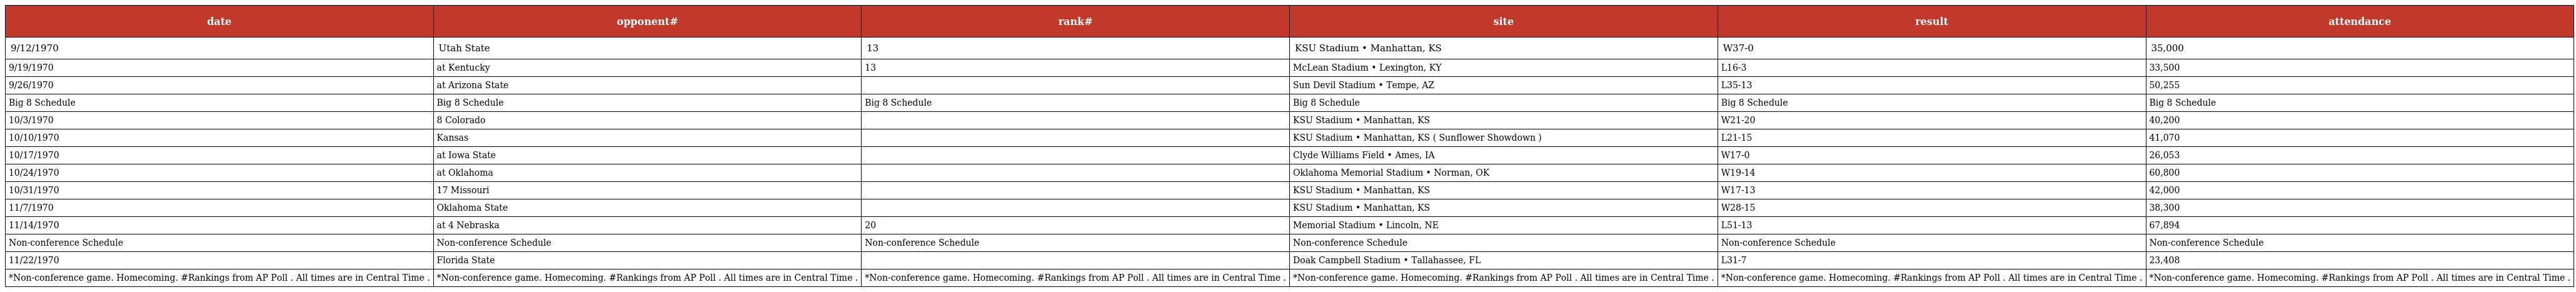
| date | opponent# | rank# | site | result | attendance |
 | --- | --- | --- | --- | --- | --- |
 | 9/12/1970 | Utah State | 13 | KSU Stadium • Manhattan, KS | W37-0 | 35,000 |
 | 9/19/1970 | at Kentucky | 13 | McLean Stadium • Lexington, KY | L16-3 | 33,500 |
 | 9/26/1970 | at Arizona State |  | Sun Devil Stadium • Tempe, AZ | L35-13 | 50,255 |
 | Big 8 Schedule | Big 8 Schedule | Big 8 Schedule | Big 8 Schedule | Big 8 Schedule | Big 8 Schedule |
 | 10/3/1970 | 8 Colorado |  | KSU Stadium • Manhattan, KS | W21-20 | 40,200 |
 | 10/10/1970 | Kansas |  | KSU Stadium • Manhattan, KS ( Sunflower Showdown ) | L21-15 | 41,070 |
 | 10/17/1970 | at Iowa State |  | Clyde Williams Field • Ames, IA | W17-0 | 26,053 |
 | 10/24/1970 | at Oklahoma |  | Oklahoma Memorial Stadium • Norman, OK | W19-14 | 60,800 |
 | 10/31/1970 | 17 Missouri |  | KSU Stadium • Manhattan, KS | W17-13 | 42,000 |
 | 11/7/1970 | Oklahoma State |  | KSU Stadium • Manhattan, KS | W28-15 | 38,300 |
 | 11/14/1970 | at 4 Nebraska | 20 | Memorial Stadium • Lincoln, NE | L51-13 | 67,894 |
 | Non-conference Schedule | Non-conference Schedule | Non-conference Schedule | Non-conference Schedule | Non-conference Schedule | Non-conference Schedule |
 | 11/22/1970 | Florida State |  | Doak Campbell Stadium • Tallahassee, FL | L31-7 | 23,408 |
 | *Non-conference game. Homecoming. #Rankings from AP Poll . All times are in Central Time . | *Non-conference game. Homecoming. #Rankings from AP Poll . All times are in Central Time . | *Non-conference game. Homecoming. #Rankings from AP Poll . All times are in Central Time . | *Non-conference game. Homecoming. #Rankings from AP Poll . All times are in Central Time . | *Non-conference game. Homecoming. #Rankings from AP Poll . All times are in Central Time . | *Non-conference game. Homecoming. #Rankings from AP Poll . All times are in Central Time . |